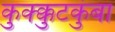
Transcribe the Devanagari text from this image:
कुक्क्कुटकुंबा